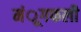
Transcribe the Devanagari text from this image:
मंूगफली